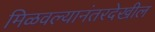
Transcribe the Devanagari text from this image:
मिळवल्यानंतरदेखील